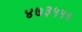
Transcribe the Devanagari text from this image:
४७३५५१